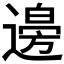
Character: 𮞾